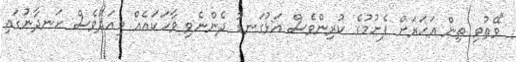
"ވޭތުވި ތިން އަހަރަށް ފެށުމުގެ ކުރިންވެސް އަޅުގަނޑު ދެންނެވި ވާހަކައެއް މިއަދުވެސް ހަނދާނުގައި